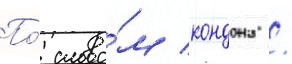
По́ слова́м кондона /